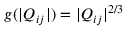
g ( | Q _ { i j } | ) = | Q _ { i j } | ^ { 2 / 3 }